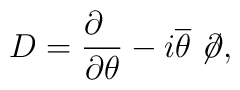
D= \frac{\partial\phantom a}{\partial \theta} - i \overline \theta \not \!\partial,